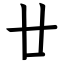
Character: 廿